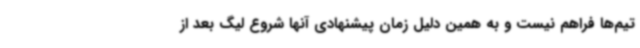
تیم‌ها فراهم نیست و به همین دلیل زمان پیشنهادی آنها شروع لیگ بعد از